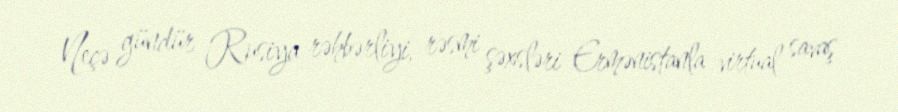
Neçə gündür Rusiya rəhbərliyi, rəsmi şəxsləri Ermənistanla virtual savaş